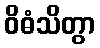
ဝိဓံသိတွာ